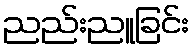
ညည်းညူခြင်း